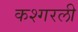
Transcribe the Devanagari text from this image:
कश्गरली